Sketch of the medical history of the native army of Bombay, for the year
Year: 1875
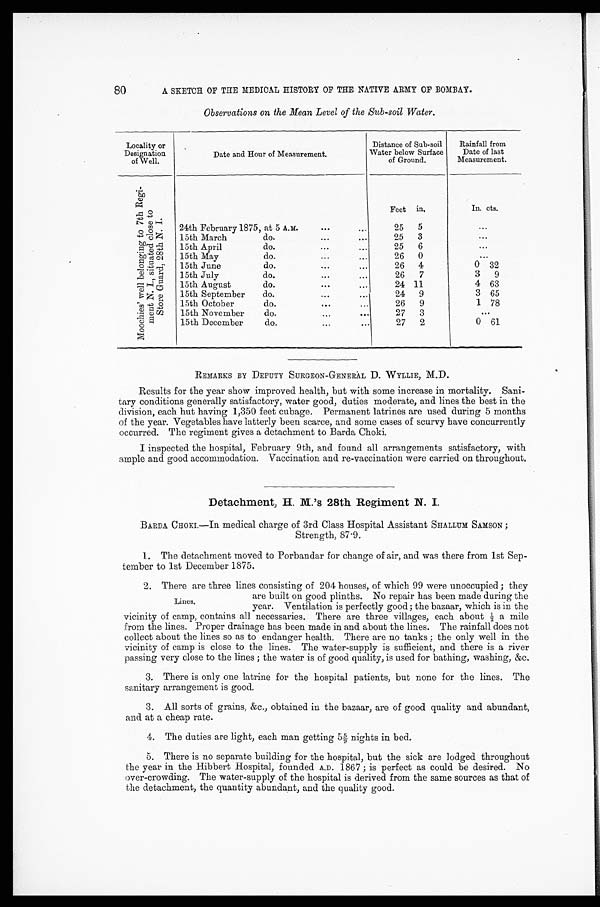
80
A SKETCH OF THE MEDICAL HISTORY OF THE NATIVE ARMY OF BOMBAY.
Observations on the Mean Level of the Sub-soil Water.
Locality or
Designation
of Well.
Date and Hour of Measurement.
Distance of Sub-soil
Water below Surface
of Ground.
Rainfall from
Date of last
Measurement.
M o o c h i e s ' w e l l b e l o n g i n g t o 7 t h R e g i - m e n t N . I . , s i t u a t e d c l o s e t o S t o r e G u a r d , 2 8 t h N . I .
Feet in.
In. cts.
24th February 1875, at 5 A. M.
25
5
. . .
15th March do.
25 3
. . .
15th April do.
25
6
. . .
15th May do.
26 0
...
15th June do.
26 4
0 32
15th July do.
26
7
3
9
15th August do.
24 11
4 63
15th September do.
24 9
3 65
15th October do.
26
9
1 78
15th November do.
2 7
3
. . .
15th December do.
27 2
0 61
REMARKS BY DEPUTY SURGEON-GENERAL D. WYLLIE, M.D.
Results for the year show improved health, but with some increase in mortality. Sani
-tary conditions generally satisfactory, water good, duties moderate, and lines the best in the
division, each hut having 1,350 feet cubage. Permanent latrines are used during 5 months
of the year. Vegetables have latterly been scarce, and some cases of scurvy have concurrently
occurred. The regiment gives a detachment to Barda Choki.
I inspected the hospital, February 9th, and found all arrangements satisfactory, with
ample and good accommodation. Vaccination and re-vaccination were carried on throughout.
Detachment, H. M.'s 28th Regiment N. I.
BARDA CHOKI.—In medical charge of 3rd Class Hospital Assistant SHALLUM SAMSON;
Strength, 87·9.
1. The detachment moved to Porbandar for change of air, and was there from 1st Sep
-tember to 1st December 1875.
2. There are three lines consisting of 204 houses, of which 99 were unoccupied; they
are built on good plinths. No repair has been made during the
year. Ventilation is perfectly good; the bazaar, which is in the
vicinity of camp, contains all necessaries. There are three villages, each about ½ a mile
from the lines. Proper drainage has been made in and about the lines. The rainfall does not
collect about the lines so as to endanger health. There are no tanks; the only well in the
vicinity of camp is close to the lines. The water-supply is sufficient, and there is a river
passing very close to the lines; the water is of good quality, is used for bathing, washing, &c.
3. There is only one latrine for the hospital patients, but none for the lines. The
sanitary arrangement is good.
3. All sorts of grains, &c., obtained in the bazaar, are of good quality and abundant,
and at a cheap rate.
4. The duties are light, each man getting 55/9 nights in bed.
5. There is no separate building for the hospital, but the sick are lodged throughout
the year in the Hibbert Hospital, founded A.D. 1867; is perfect as could be desired. No
over-crowding. The water-supply of the hospital is derived from the same sources as that of
the detachment, the quantity abundant, and the quality good.
Lines.